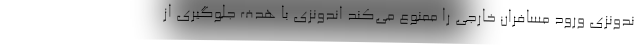
ندونزی ورود مسافران خارجی را ممنوع می‌کند اندونزی با هدف جلوگیری از